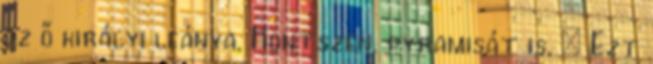
az ő királyi leánya, Hontszen, pyramisát is.  Ezt